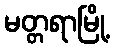
မတ္တရာမြို့